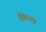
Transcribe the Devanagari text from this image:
क़ित्ल